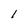
Character: 1